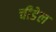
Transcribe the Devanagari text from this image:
चीडेल